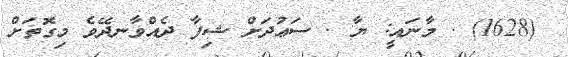
(1628) . މާނައީ: ޔާ . ސަޢުދަށް ޝިފާ ދެއްވާނދޭވެ މިގޮތަށް